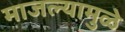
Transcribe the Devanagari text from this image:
माजल्यामुळे